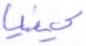
كينيا